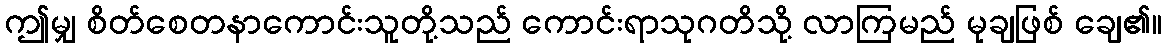
ဤမျှ စိတ်စေတနာကောင်းသူတို့သည် ကောင်းရာသုဂတိသို့ လာကြမည် မုချဖြစ် ချေ၏။